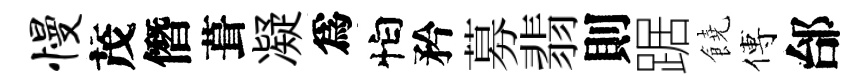
慢茂僭葺凝爲怕矜募翡則踞饒傅邰